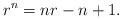
LaTeX: \begin{align*}r^n=nr-n+1.\end{align*}